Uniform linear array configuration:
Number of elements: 12
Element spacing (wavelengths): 0.75
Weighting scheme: uniform
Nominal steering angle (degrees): -15
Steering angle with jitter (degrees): -14.915
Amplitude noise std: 0.05
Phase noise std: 0.05

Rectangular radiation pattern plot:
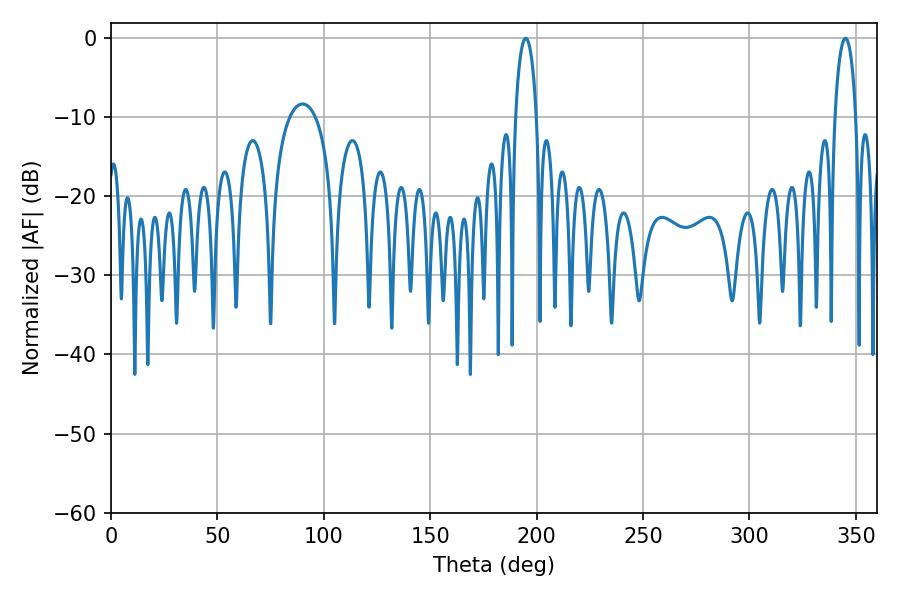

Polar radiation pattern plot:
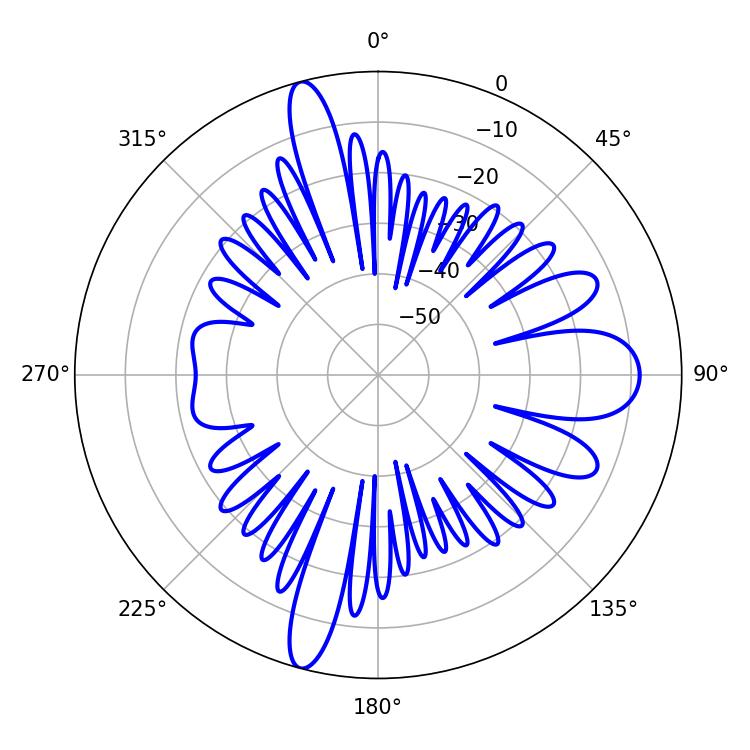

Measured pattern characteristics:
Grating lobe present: TRUE
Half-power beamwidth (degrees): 5.76
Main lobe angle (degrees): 194.94